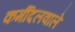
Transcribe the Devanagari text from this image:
कर्मीदलवाले